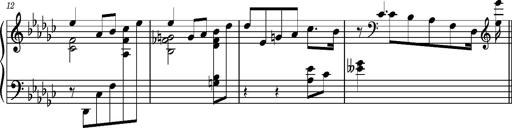
Title: KlavierstÃ¼ck in Es-moll
Composer: Franz Liszt
Key: E-flat minor